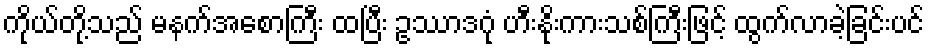
ကိုယ်တို့သည် မနက်အစောကြီး ထပြီး ဥဿာဒဂုံ ဟီးနိုးကားသစ်ကြီးဖြင့် ထွက်လာခဲ့ခြင်းပင်